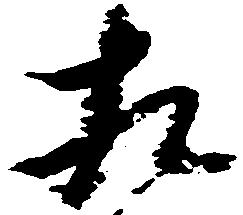
相